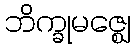
ဘိက္ခုမဇ္ဈေ